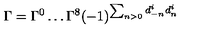
\Gamma = \Gamma ^ { 0 } \ldots \Gamma ^ { 8 } ( - 1 ) ^ { \sum _ { n > 0 } d _ { - n } ^ { i } d _ { n } ^ { i } }